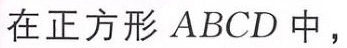
在正方形 \(ABCD\) 中，